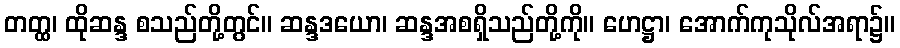
တတ္ထ၊ ထိုဆန္ဒ စသည်တို့တွင်။ ဆန္ဒဒယော၊ ဆန္ဒအစရှိသည်တို့ကို။ ဟေဋ္ဌာ၊ အောက်ကုသိုလ်အရာ၌။